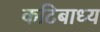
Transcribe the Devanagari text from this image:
कटिबाध्य